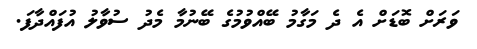
ވަރަށް ބޮޑަށް އެ ދެ މަގާމު ބޭއްވުމުގެ ބޭނުމާ މެދު ސުވާލު އުފައްދާފަ.